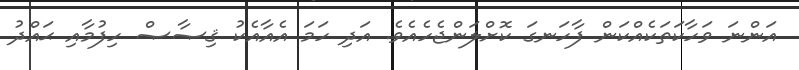
އަންނަ ވަހާކަތަކެއްކަން ފާހަނގަ ކޮށްލަންޖެހެއެވެ. އަދި ހަމަ އެއާއެކު ޤިޞާޞް ހިފުމާއި ޙައްދު